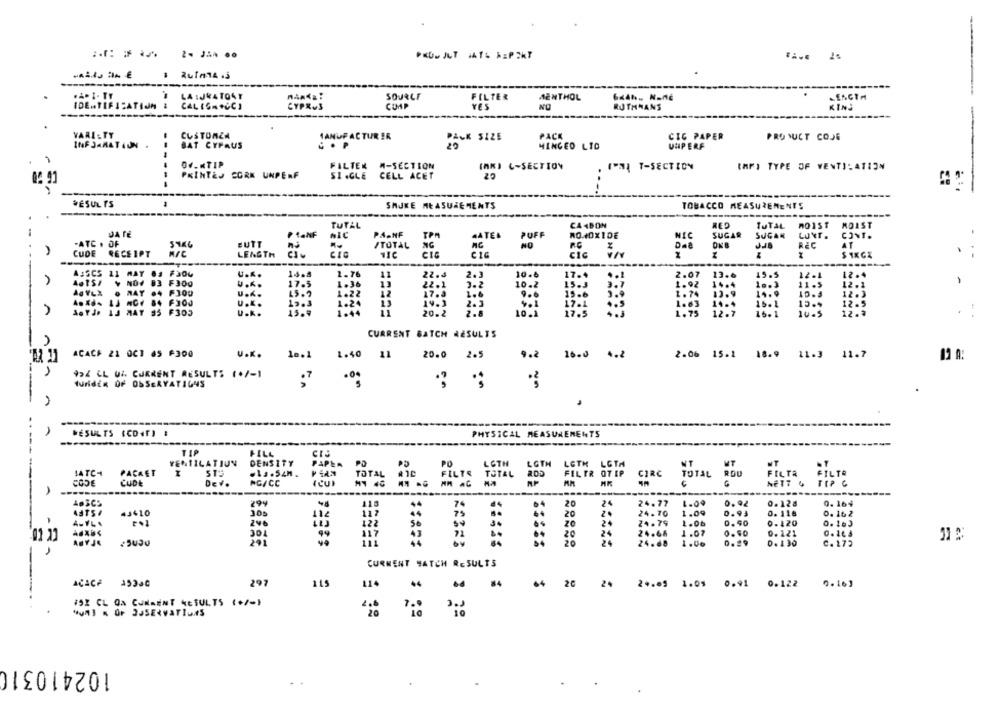
1 2uf#14 .j
LA IJRATO4Y
SOJALE
FILTER
MENTHOL
IDENTIFICATIJM 1
CAL IGN+CCI
CYPRUS
YES
RUTHHANS
KING
VARIETY
CUSTOMER
1ANUP ACTUR ER
PACK
CIG PAPER
PACK SIZE
PRO SUCT COJE
INF JARATION .
BAT CYPAUS
.. P
MINCED LID
UNIPERF
OF.«TIP
FILTER M-SECTION
(PN) T-SECTION
(MK) C-SECTION
IMF; TYPE OF VENTILATION
PRINTEJ CORK UNPERF
SI .GLE CELL ACET
*ESUL TS
SAJKE MEASUREMENTS
TOBACCO MEASUREMENTS
TUTAL
CA4BON
TUTAL
MO1ST
MOIST
-
PLANF
AIC
PA.NF
TPM
4ATEA
PUFF
MONOXIDE
NIC
SUGAR
SUGAN
LUNT.
CONT.
-ATC . OF
BUTT
A
/TOTAL
NG
R.C
ONB
REC
AT
CUDE
RECEIPT
LENGTH
CIC
CIC
CIG
CIC
------
F304
14.8
22. 4
A:SCS 11
U.K.
2.76
2.3
10.6
17.4
2.07
13.6
15.5
12.1
12.4
F300
U ...
17.5
1.36
22.1
3.2
10.2
15.3
1.92
14.4
1g.3
11.5
12. 1
F300
U.A.
17.3
1.6
9.6
15.6
1.74
13.9
14.9
12.3
F300
U.K.
19.3
1.24
19.3
17.1
1.63
14.4
15.1
15.4
12.5
A
MAT
F303
U.K.
15.9
1-44
20.2
2.8
10.1
17.5
1.75
12.7
16.1
10.5
12.3
CURRENT BATCH RESULTS
ACAC# 21 OCT 65 F300
U.K.
le.1
1.40
11
20.0
2.5
9.2 16.0 4.2
2.06 15.1 18.9 11.3 11.7
12 A:
-
9 L U CURRENT RESULTS (+/-1
--
WundER OF OSSERYATIGNS
.
RESULTS (CONT) :
PHYSICAL MEASUREMENTS
FILL
VENTILATIUN
DENSITY
LOTH
LGTH
LETH LGTA
MT
LATCH
PACKET
PO
CIRC
TOTAL
FILTR OT IP
TOTAL ROU
FILTR FILTO
-----
CUDE
Dev.
AG/CC
MM AG
HK
C
NETT &
A
----
29%
118
64
20
24
24.77
1.00
0.92
0.12₫
0.164
43410
305
20
20
24.70
1.09
0.93
0. 116
0. 16 2
-
296
24
24.79
1.06
D. 90
0.420
0. 16J
34
01.11
301
117
20
24
24.66
1.07
0.60
0.221
0. 16 3
ABYJE
291
20
24.68
1.00
0.99
0.130
C. 173
CURRENT HATCH RESULTS
ACACF 15350
297
115
114
84
64
20
2%
24.09 1.05 0.91 0.122 0.16]
152 CL Qa CummENT RESULTS (+/-)
"Un] & OF 3JSERVATIONS
102410310
.